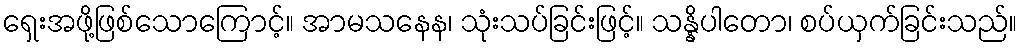
ရှေးအဖို့ဖြစ်သောကြောင့်။ အာမသနေန၊ သုံးသပ်ခြင်းဖြင့်။ သန္နိပါတော၊ စပ်ယှက်ခြင်းသည်။